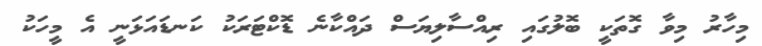
މިހާރު މިވާ ގޮތަކީ ބޮލުގައި ރިއްސާލިޔަސް ދައްކާނެ ޑޮކްޓަރަކު ކަނޑައަޅަނީ އެ މީހަކު